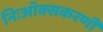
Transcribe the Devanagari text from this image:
निःऑक्सकरणी